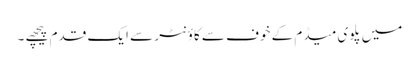
میں پلوی میڈم کے خوف سے کاؤنٹر سے ایک قدم پیچھے ۔